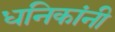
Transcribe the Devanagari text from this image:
धनिकांनी